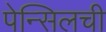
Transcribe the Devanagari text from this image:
पेन्सिलची